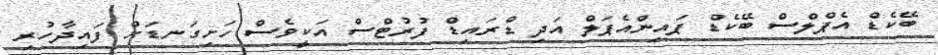
ބޭކެޑް އެޕްލްސް ބޭކެޑް ޕައިންއެޕަލް އަދި ޑްރައިޑް ފުރުޓްސްް އަކީވެސް ހަށިގަނޑަށް ފައިދާހުރި